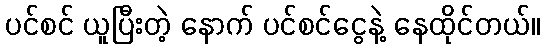
ပင်စင် ယူပြီးတဲ့ နောက် ပင်စင်ငွေနဲ့ နေထိုင်တယ်။